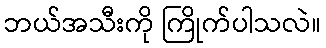
ဘယ်အသီးကို ကြိုက်ပါသလဲ။